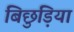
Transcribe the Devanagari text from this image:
बिछुड़िया